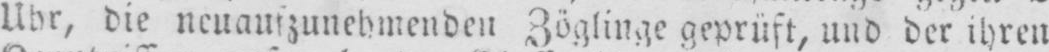
Uhr, die neuaufzunehmenden Zöglinge geprüft, und der ihren